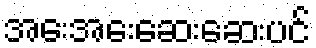
အေးအေးဆေးဆေးပင်